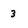
Character: 3